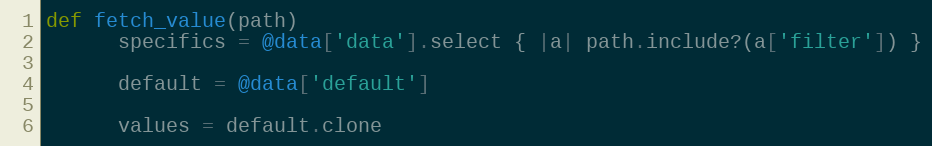
Language: Ruby
def fetch_value(path)
      specifics = @data['data'].select { |a| path.include?(a['filter']) }

      default = @data['default']

      values = default.clone